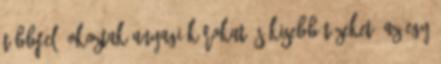
többfelé okoztak anyagi károkat és kisebb tüzeket. Az egy